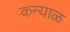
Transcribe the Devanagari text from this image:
कन्याळ